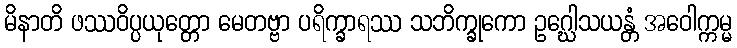
မိနာတိ ဖဿဝိပ္ပယုတ္တော မေတဗ္ဗာ ပရိက္ခာရဿ သဘိက္ခုကော ဥဂ္ဃေါသယန္တံ အဝေါက္ကမ္မ